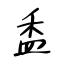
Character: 盉